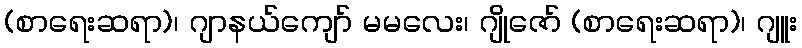
(စာရေးဆရာ)၊ ဂျာနယ်ကျော် မမလေး၊ ဂျိုဇော် (စာရေးဆရာ)၊ ဂျူး